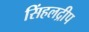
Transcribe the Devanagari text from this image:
सिंहलद्रीप